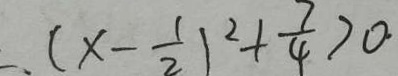
( x - \frac { 1 } { 2 } ) ^ { 2 } + \frac { 7 } { 4 } > 0